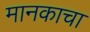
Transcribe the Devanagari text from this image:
मानकाचा